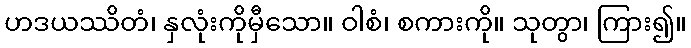
ဟဒယဿိတံ၊ နှလုံးကိုမှီသော။ ဝါစံ၊ စကားကို။ သုတွာ၊ ကြား၍။